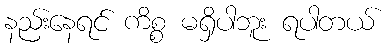
နည်းနေရင် ကိစ္စ မရှိပါဘူး ရပါတယ်